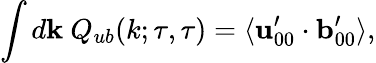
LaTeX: \int d{\mathbf{k}}\ Q_{ub}(k;\tau,\tau)=\langle{{\mathbf{u}}_{00}^{\prime}\cdot{\mathbf{b}}_{00}^{\prime}}\rangle,